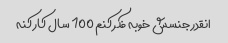
انقدر جنسش خوبه فکر کنم 100 سال کار کنه